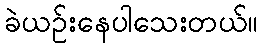
ခဲယဉ်းနေပါသေးတယ်။